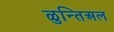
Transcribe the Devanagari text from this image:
ळुन्तिअल